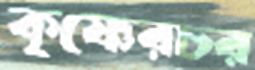
কৃষ্ণেরচর